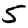
Digit: 5